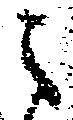
之